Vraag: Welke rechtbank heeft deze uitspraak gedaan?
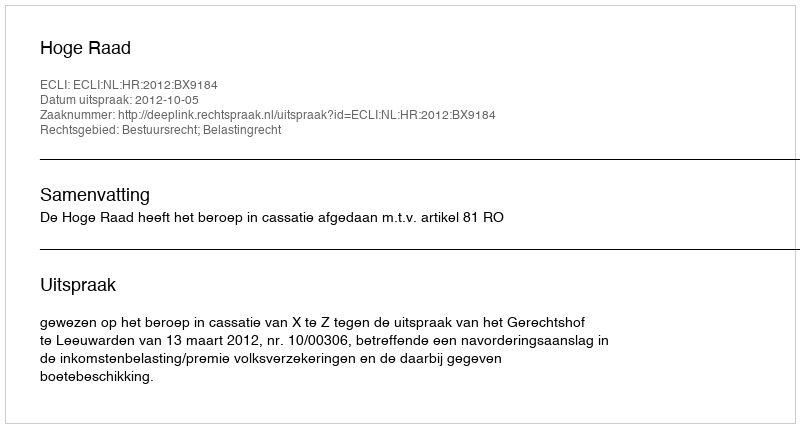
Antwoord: Hoge Raad